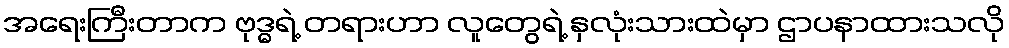
အရေးကြီးတာက ဗုဒ္ဓရဲ့ တရားဟာ လူတွေရဲ့ နှလုံးသားထဲမှာ ဌာပနာထားသလို